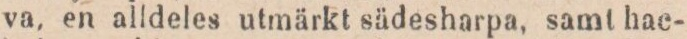
va, en alldeles utmärkt sädesharpa, samt hac-